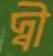
দ্বী